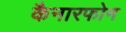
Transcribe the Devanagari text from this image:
कैनारफोन